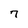
Character: 7